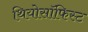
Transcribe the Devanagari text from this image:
थियोसॉफिस्ट